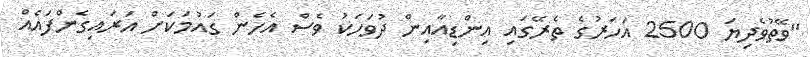
"ވޭތުވެދިޔަ 2500 އަހަރުގެ ތެރޭގައި އިންޑިއާއިން ދުވަހަކު ވެސް އެހެން ގައުމަކަށް އަރައިގެންފައެއް